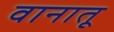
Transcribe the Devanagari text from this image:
वानातू